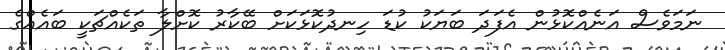
ނަމަވެސް އަނެއްކޮޅުން އެފަދަ ބަޔަކު ކުޑަ ހިނދުކޮޅަކަށް ބޭކާރު ކޮށްލާ ތަކެއްޗަކީ ބައެއްގެ